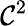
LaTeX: \mathcal{C}^{2}